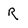
Character: r